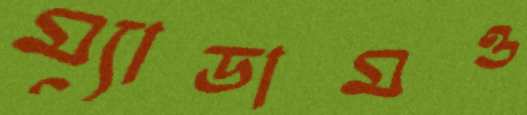
ম্যাডামও